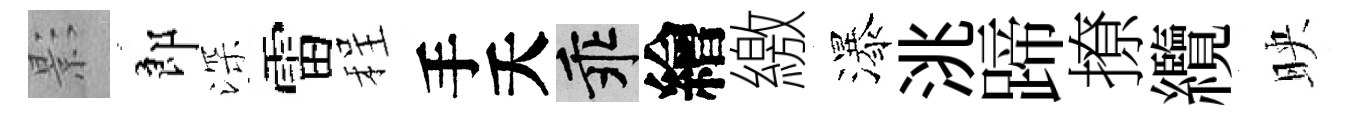
影郎深雷程手夭乖繪繳瀑洮蹄撩纜映